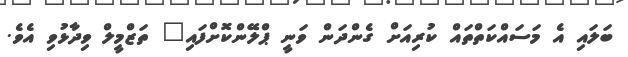
ބަލައި އެ މަސައްކަތްތައް ކުރިއަށް ގެންދަން ވަނީ ޕްލޭންކޮށްފައި" ތަޒްމީލް ވިދާޅުވި އެވެ.